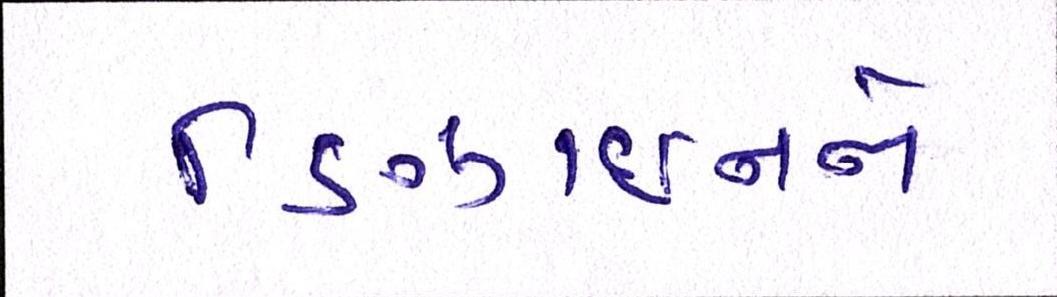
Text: ડિઝાઇનને